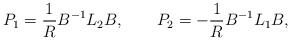
\begin{align*}P_{1} = {1\over R} B^{-1} L_{2} B ,\qquad P_{2} = -{1\over R} B^{-1} L_{1} B ,\end{align*}